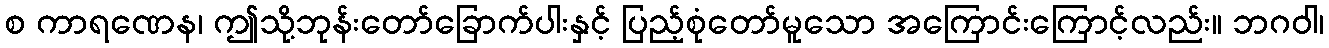
စ ကာရဏေန၊ ဤသို့ဘုန်းတော်ခြောက်ပါးနှင့် ပြည့်စုံတော်မူသော အကြောင်းကြောင့်လည်း။ ဘဂဝါ၊